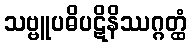
သဗ္ဗူပဓိပဋိနိဿဂ္ဂတ္ထံ